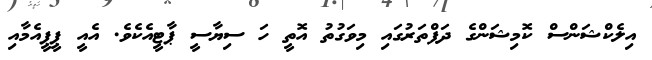
އިލެކްޝަންސް ކޮމިޝަންގެ ދަފްތަރުގައި މިވަގުތު އޮތީ ހަ ސިޔާސީ ޕާޓީއެކެވެ. އެއީ ޕީޕީއެމާއި